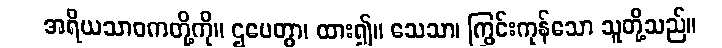
အရိယသာဝကတို့ကို။ ဌပေတွာ၊ ထား၍။ သေသာ၊ ကြွင်းကုန်သော သူတို့သည်။